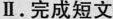
Ⅱ. 完成短文